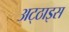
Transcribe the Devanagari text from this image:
अट्‌ठाइस